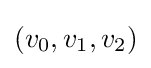
(v_{0},v_{1},v_{2})